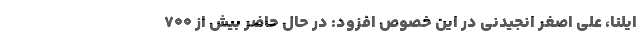
ایلنا، علی اصغر انجیدنی در این خصوص افزود: در حال حاضر بیش از ۷۰۰